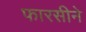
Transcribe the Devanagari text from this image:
फारसीने